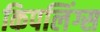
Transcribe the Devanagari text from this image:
किपलिंग्स